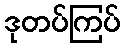
ဒုတပ်ကြပ်